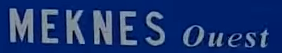
MEKNES Ouest